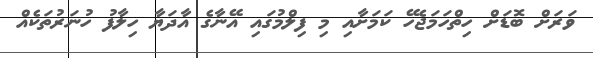
ވަރަށް ބޮޑަށް ހިތްހަމަޖެހޭ ކަމަށާއި މި ފިލްމުގައި އޭނާގެ އާދަޔާ ހިލާފު ހުނަރުތަކެއް